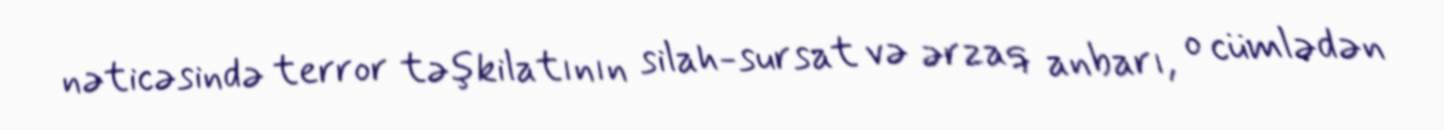
nəticəsində terror təşkilatının silah-sursat və ərzaq anbarı, o cümlədən